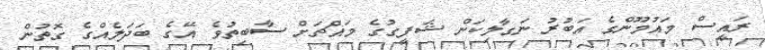
ރައީސް މައުމޫންގެ އަބުރު ނަގާލިކަން ޝަފީގުގެ މައްޗަށް ސާބިތުވެ އޭގެ ބަދަލެއްގެ ގޮތުން